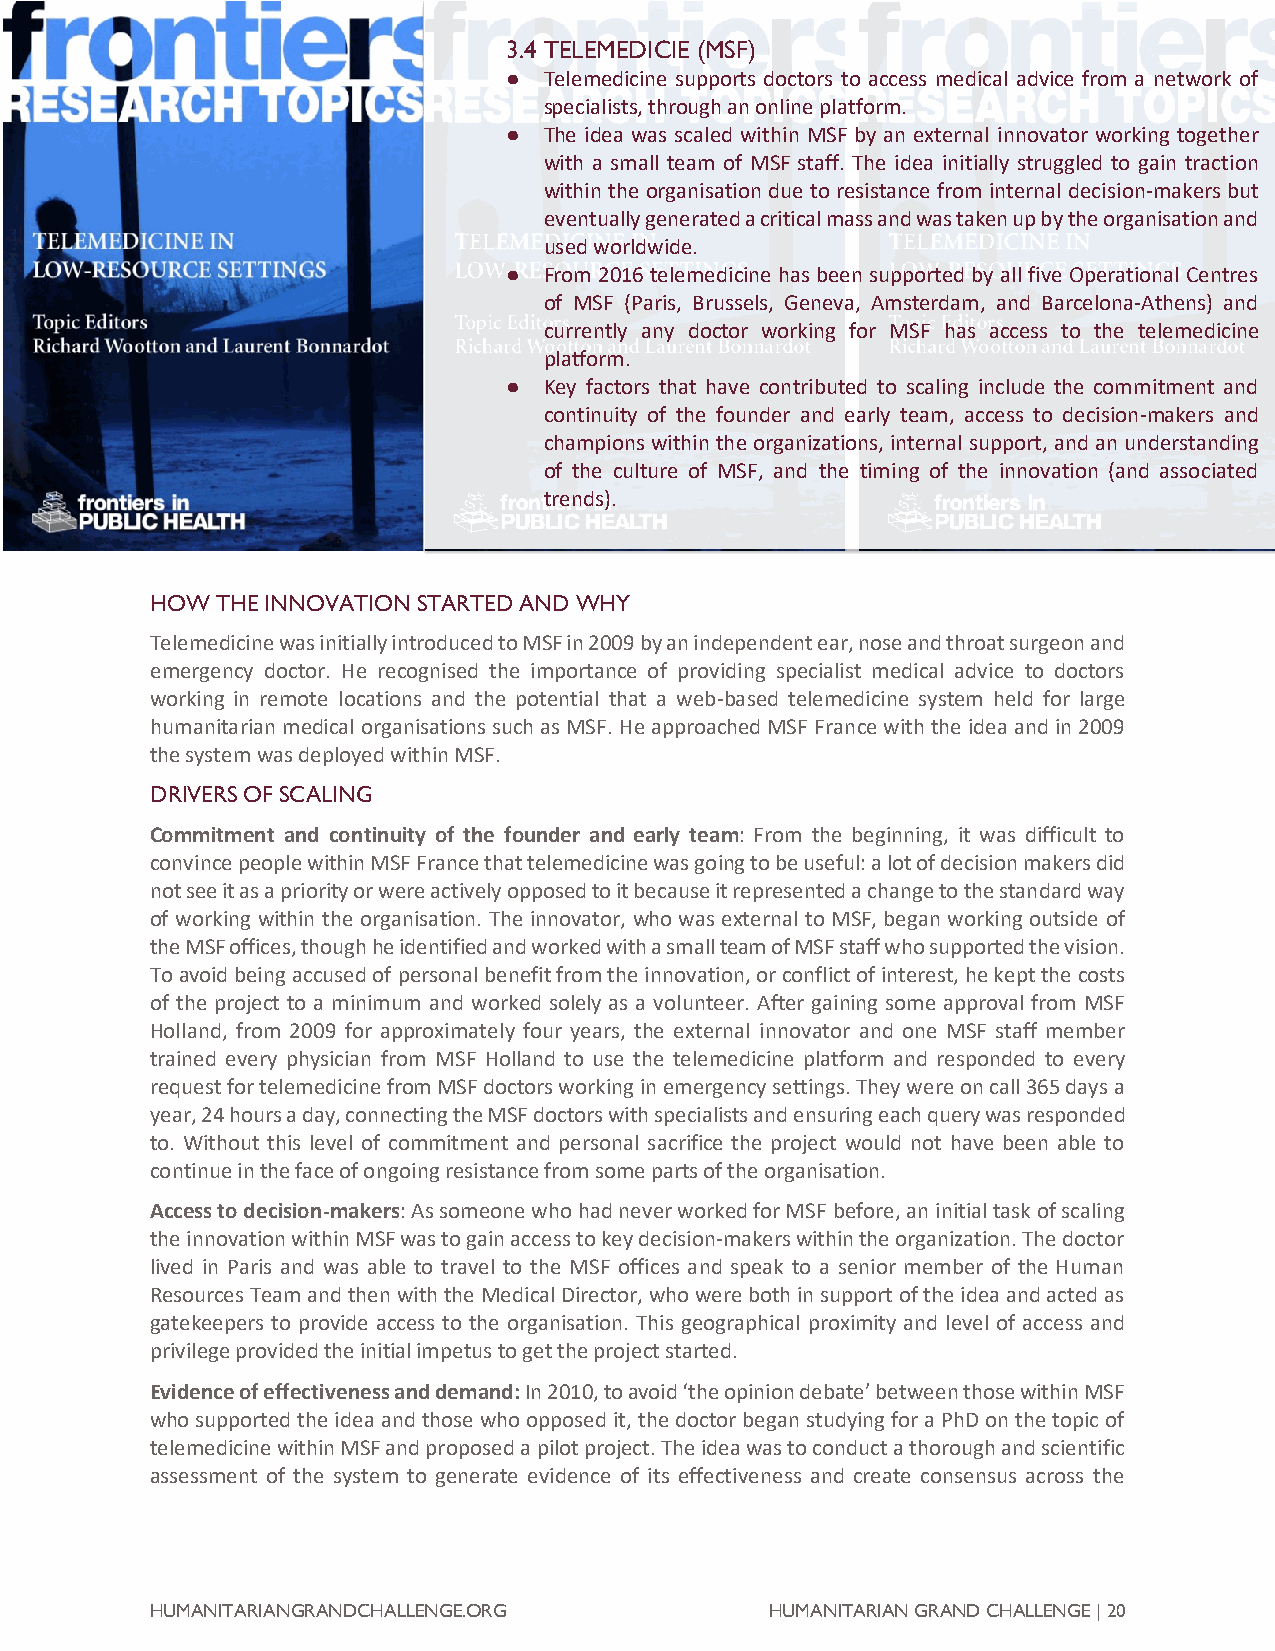
3.4 TELEMEDICIE (MSF)
 ● Telemedicine supports doctors to access medical advice from a network of
 specialists, through an online platform.
 ● The idea was scaled within MSF by an external innovator working together
 with a small team of MSF staff. The idea initially struggled to gain traction
 within the organisation due to resistance from internal decision-makers but
 eventually generated a critical mass and was taken up by the organisation and
 used worldwide.
 ● From 2016 telemedicine has been supported by all five Operational Centres
 of MSF (Paris, Brussels, Geneva, Amsterdam, and Barcelona-Athens) and
 currently any doctor working for MSF has access to the telemedicine
 platform.
 ● Key factors that have contributed to scaling include the commitment and
 continuity of the founder and early team, access to decision-makers and
 champions within the organizations, internal support, and an understanding
 of the culture of MSF, and the timing of the innovation (and associated
 trends).
 3.4 TELEMEDICINE (MSF)
 HOW THE INNOVATION STARTED AND WHY
 Telemedicine was initially introduced to MSF in 2009 by an independent ear, nose and throat surgeon and
 emergency doctor. He recognised the importance of providing specialist medical advice to doctors
 working in remote locations and the potential that a web-based telemedicine system held for large
 humanitarian medical organisations such as MSF. He approached MSF France with the idea and in 2009
 the system was deployed within MSF.
 DRIVERS OF SCALING
 Commitment and continuity of the founder and early team: From the beginning, it was difficult to
 convince people within MSF France that telemedicine was going to be useful: a lot of decision makers did
 not see it as a priority or were actively opposed to it because it represented a change to the standard way
 of working within the organisation. The innovator, who was external to MSF, began working outside of
 the MSF offices, though he identified and worked with a small team of MSF staff who supported the vision.
 To avoid being accused of personal benefit from the innovation, or conflict of interest, he kept the costs
 of the project to a minimum and worked solely as a volunteer. After gaining some approval from MSF
 Holland, from 2009 for approximately four years, the external innovator and one MSF staff member
 trained every physician from MSF Holland to use the telemedicine platform and responded to every
 request for telemedicine from MSF doctors working in emergency settings. They were on call 365 days a
 year, 24 hours a day, connecting the MSF doctors with specialists and ensuring each query was responded
 to. Without this level of commitment and personal sacrifice the project would not have been able to
 continue in the face of ongoing resistance from some parts of the organisation.
 Access to decision-makers: As someone who had never worked for MSF before, an initial task of scaling
 the innovation within MSF was to gain access to key decision-makers within the organization. The doctor
 lived in Paris and was able to travel to the MSF offices and speak to a senior member of the Human
 Resources Team and then with the Medical Director, who were both in support of the idea and acted as
 gatekeepers to provide access to the organisation. This geographical proximity and level of access and
 privilege provided the initial impetus to get the project started.
 Evidence of effectiveness and demand: In 2010, to avoid ‘the opinion debate’ between those within MSF
 who supported the idea and those who opposed it, the doctor began studying for a PhD on the topic of
 telemedicine within MSF and proposed a pilot project. The idea was to conduct a thorough and scientific
 assessment of the system to generate evidence of its effectiveness and create consensus across the
 HUMANITARIANGRANDCHALLENGE.ORG           HUMANITARIAN GRAND CHALLENGE | 20